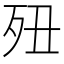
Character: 𣧊